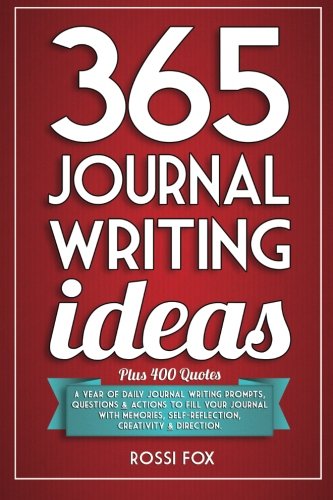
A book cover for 365 Journal Writing Ideas: A year of daily journal writing prompts, questions & actions to fill your journal with memories, self-reflection, creativity & direction; Rossi Fox; Self-Help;